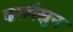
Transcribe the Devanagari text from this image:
कार्लस्रुन